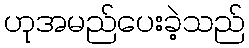
ဟုအမည်ပေးခဲ့သည်